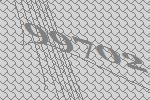
99702